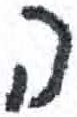
אות: ה